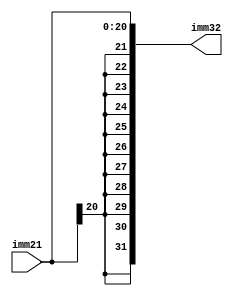
module signextension_21(input [20:0] imm21, output  [31:0] imm32);

	assign imm32[31:0] = { {11{imm21[20]}},imm21[20:0] };


endmodule